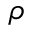
\rho